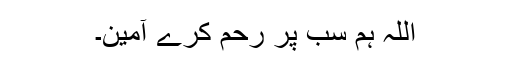
اللہ ہم سب پر رحم کرے آمین۔